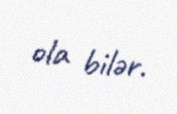
ola bilər.